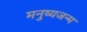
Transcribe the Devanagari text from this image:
मनुष्यजन्म